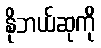
နိုဘယ်ဆုကို